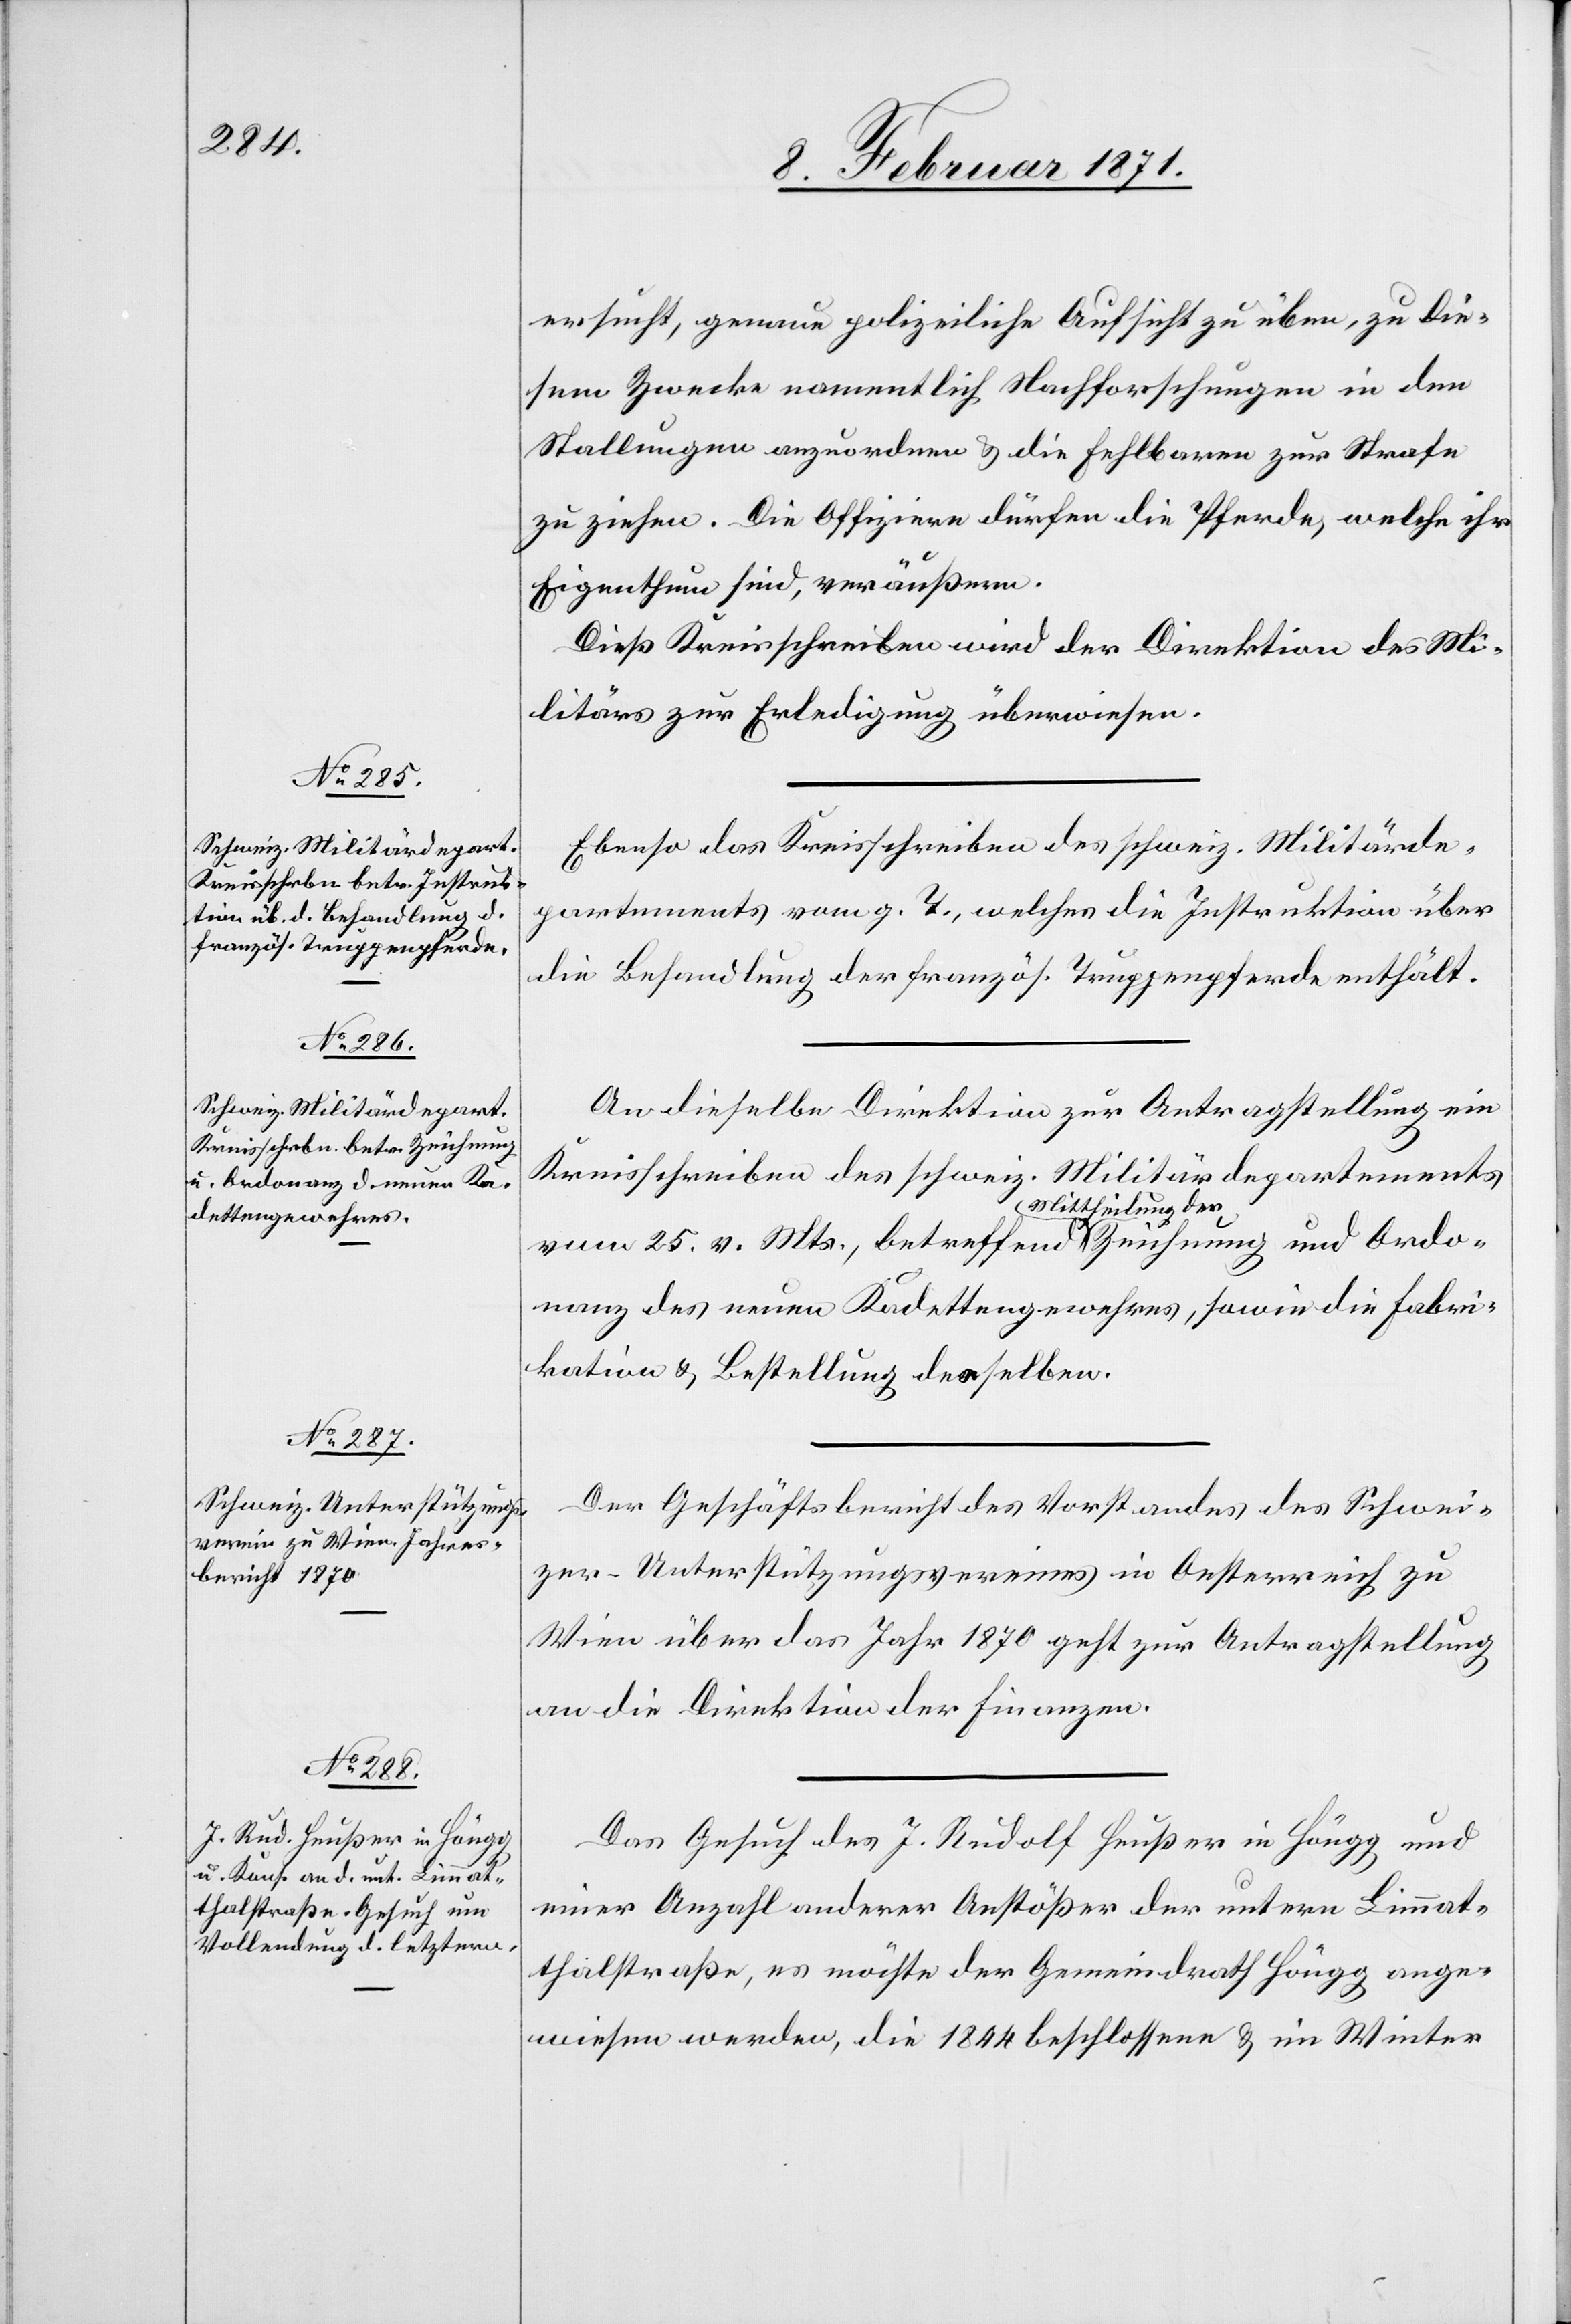
10. Februar 1871.]
ersucht, genaue polizeiliche Aufsicht zu üben, zu die¬
sem Zwecke namentlich Nachforschungen in den
Stallungen anzuordnen u. die Fehlbaren zur Strafe
zu ziehen. Die Offiziere dürfen die Pferde, welche ihr
Eigenthum sind, veräußern.
Dieß Kreisschreiben wird der Direktion des Mi¬
litärs zur Erledigung überwiesen.
Ebenso das Kreisschreiben des schweiz. Militärde¬
partements vom g. T., welches die Instruktion über
die Behandlung der französ. Truppenpferde enthält.
An dieselbe Direktion zur Antragstellung ein
Kreisschreiben des schweiz. Militärdepartements
vom 25. v. Mts., betreffend Mittheilung der Zeichnung und Ordo¬
nanz des neuen Kadettengewehres, sowie die Fabri¬
kation u. Bestellung desselben.
Der Geschäftsbericht des Vorstandes des Schwei¬
zer-Unterstützungsvereins in Oesterreich zu
Wien über das Jahr 1870 geht zur Antragstellung
an die Direktion der Finanzen.
Das Gesuch des J. Rudolf Heußer in Höngg und
einer Anzahl anderer Anstößer der untern Limmat¬
thalstraße, es möchte der Gemeindrath Höngg ange¬
wiesen werden, die 1844 beschlossene u. im Winter